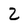
Character: 2